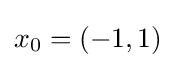
x_{0}=(-1,1)